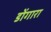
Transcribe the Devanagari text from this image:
डोंगारा